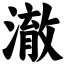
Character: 澈